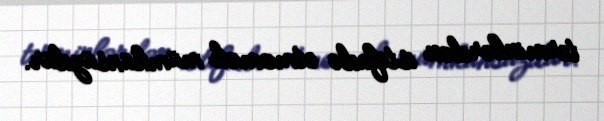
terminlərdən istifadə etməmək mümkünsüzdür.